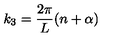
k _ { 3 } = \frac { 2 \pi } { L } ( n + \alpha )